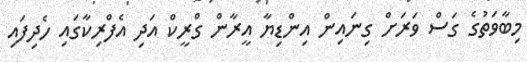
މިބާވަތުގެ ގަސް ވަރަށް ގިނައިން އިންޑިޔާ އީރާން ގްރީކް އަދި އެފްރިކާގައި ހެދިފައި